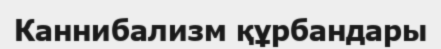
Каннибализм құрбандары